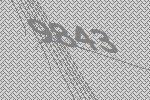
9843